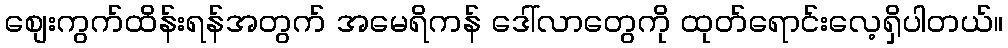
စျေးကွက်ထိန်းရန်အတွက် အမေရိကန် ဒေါ်လာတွေကို ထုတ်ရောင်းလေ့ရှိပါတယ်။